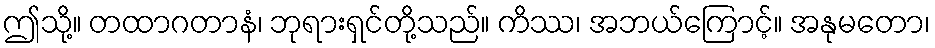
ဤသို့။ တထာဂတာနံ၊ ဘုရားရှင်တို့သည်။ ကိဿ၊ အဘယ်ကြောင့်။ အနုမတော၊